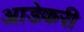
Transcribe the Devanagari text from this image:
आडेकरी